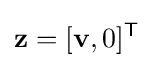
\mathbf {z} =[\mathbf {v} ,0]^{\mathsf {T}}